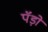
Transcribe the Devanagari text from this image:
पॅंड़ो